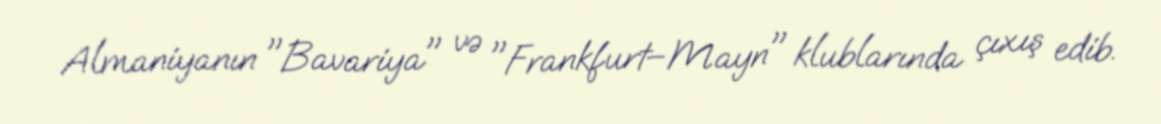
Almaniyanın "Bavariya" və "Frankfurt–Mayn" klublarında çıxış edib.